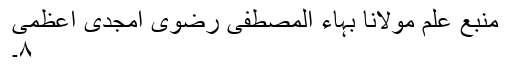
منبع علم مولانا بہاء المصطفیٰ رضوی امجدی اعظمی
۸۔